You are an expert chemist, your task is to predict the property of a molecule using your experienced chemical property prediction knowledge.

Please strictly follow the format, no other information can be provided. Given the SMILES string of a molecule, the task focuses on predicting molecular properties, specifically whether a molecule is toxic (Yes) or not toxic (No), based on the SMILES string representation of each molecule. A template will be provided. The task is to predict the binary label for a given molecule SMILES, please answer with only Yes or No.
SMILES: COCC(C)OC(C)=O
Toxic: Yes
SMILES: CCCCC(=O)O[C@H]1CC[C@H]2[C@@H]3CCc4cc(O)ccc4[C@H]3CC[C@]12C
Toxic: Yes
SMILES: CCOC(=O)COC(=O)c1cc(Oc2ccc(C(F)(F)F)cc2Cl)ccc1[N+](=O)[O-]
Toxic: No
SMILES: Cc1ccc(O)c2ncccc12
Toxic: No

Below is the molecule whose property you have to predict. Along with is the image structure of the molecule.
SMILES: Clc1nc(Cl)c(Cl)c(Cl)c1Cl
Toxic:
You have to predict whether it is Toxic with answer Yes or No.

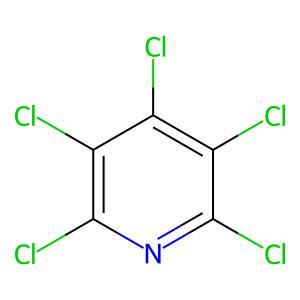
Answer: No